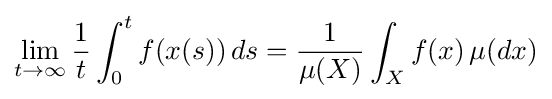
\lim _{t\to \infty }{1 \over t}\int _{0}^{t}f(x(s))\,ds={1 \over \mu (X)}\int _{X}f(x)\,\mu (dx)